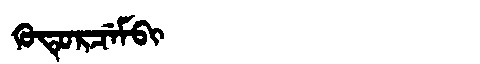
Manchu: ᡴᡠᡨᡠᡵᠴᡝᠮᠪᡳ
Romanization: KUTURCEMBI